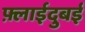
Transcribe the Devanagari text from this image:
फ़्लाईदुबई